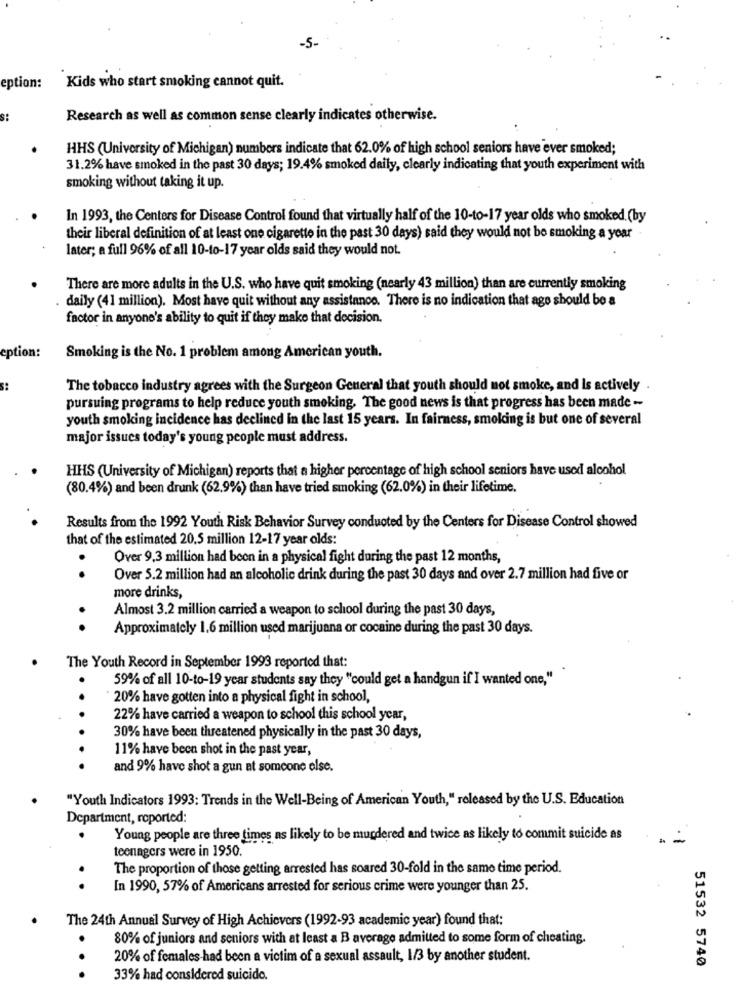
-5-
eption:
Kids who start smoking cannot quit.
Research as well as common sense clearly indicates otherwise.
HHS (University of Michigan) numbers indicate that 62.0% of high school seniors have ever smoked;
31.2% have smoked in the past 30 days; 19.4% smoked daily, clearly indicating that youth experiment with
smoking without taking it up.
In 1993, the Centers for Disease Control found that virtually half of the 10-to-17 year olds who smoked. (by
their liberal definition of at least one cigarette in the past 30 days) said they would not be smoking a year
later; a full 96% of all 10-to-17 year olds said they would not.
There are more adults in the U.S. who have quit smoking (nearly 43 million) than are currently smoking
daily (41 million). Most have quit without any assistance. There is no indication that age should be a
factor in anyone's ability to quit if they make that decision.
eption:
Smoking is the No. 1 problem among American youth.
The tobacco industry agrees with the Surgeon General that youth should not smoke, and Is actively
pursuing programs to help reduce youth smoking. The good news is that progress has been made -
youth smoking incidence has declined in the last 15 years. In fairness, smoking is but one of several
major issues today's young people must address.
HHS (University of Michigan) reports that a higher percentage of high school seniors have used alcohol
(80.4%) and been drunk (62.9%) than have tried smoking (62.0%) in their lifetime.
Results from the 1992 Youth Risk Behavior Survey conducted by the Centers for Disease Control showed
that of the estimated 20.5 million 12-17 year olds:
Over 9,3 million had been in a physical fight during the past 12 months,
..
Over 5.2 million had an alcoholic drink during the past 30 days and over 2.7 million had five or
more drinks,
Almost 3.2 million carried a weapon to school during the past 30 days,
..
Approximately 1.6 million used marijuana or cocaine during the past 30 days.
The Youth Record in September 1993 reported that:
59% of all 10-to-19 year students say they "could get a handgun if I wanted one,"
20% have gotten into a physical fight in school,
22% have carried a weapon to school this school year,
30% have been threatened physically in the past 30 days,
11% have been shot in the past year,
and 9% have shot a gun at someone else.
"Youth Indicators 1993; Trends in the Well-Being of American Youth," released by the U.S. Education
Department, reported:
Young people are three times as likely to be murdered and twice as likely to commit suicide as
teenagers were in 1950.
The proportion of those getting arrested has soared 30-fold in the same time period.
.
In 1990, 57% of Americans arrested for serious crime were younger than 25.
The 24th Annual Survey of High Achievers (1992-93 academic year) found that:
80% of juniors and seniors with at least a B average admitted to some form of cheating.
20% of females had been a victim of a sexual assault, 1/3 by another student.
51532 5740
...
33% had considered suicide.